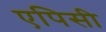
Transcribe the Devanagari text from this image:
एपिसी